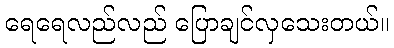
ရေရေလည်လည် ပြောချင်လှသေးတယ်။